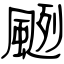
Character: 颲